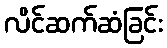
လိင်ဆက်ဆံခြင်း